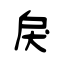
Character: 戾